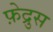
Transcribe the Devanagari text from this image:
फ़ेद्रुस